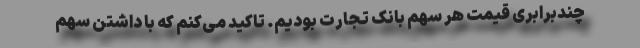
چندبرابری قیمت هر سهم بانک تجارت بودیم. تاکید می‌کنم که با داشتن سهم